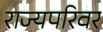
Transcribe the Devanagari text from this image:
राज्यपरिवर